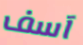
آسف